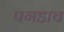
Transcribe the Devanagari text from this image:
पगडाच